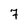
Character: 7